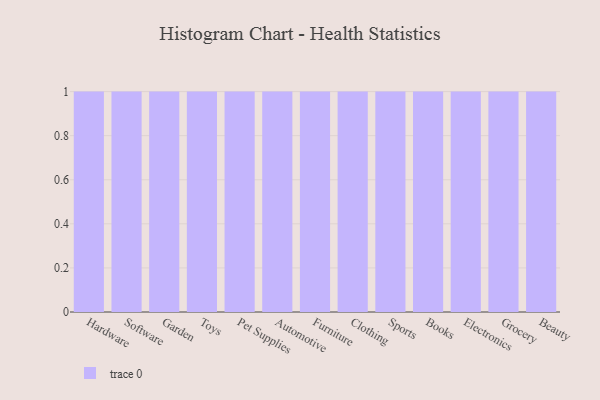
{"axis": {"x": "Category", "y": "Conversion Rate (%)"}, "legend": [""], "data": [{"x": "Hardware", "y": 32, "type": ""}, {"x": "Software", "y": 26, "type": ""}, {"x": "Garden", "y": 32, "type": ""}, {"x": "Toys", "y": 44, "type": ""}, {"x": "Pet Supplies", "y": 50, "type": ""}, {"x": "Automotive", "y": 55, "type": ""}, {"x": "Furniture", "y": 23, "type": ""}, {"x": "Clothing", "y": 13, "type": ""}, {"x": "Sports", "y": 83, "type": ""}, {"x": "Books", "y": 64, "type": ""}, {"x": "Electronics", "y": 3, "type": ""}, {"x": "Grocery", "y": 24, "type": ""}, {"x": "Beauty", "y": 100, "type": ""}]}